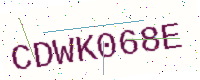
Text: CDWK068E